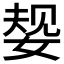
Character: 𫰹